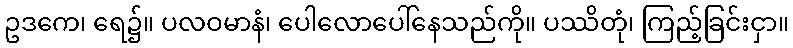
ဥဒကေ၊ ရေ၌။ ပလဝမာနံ၊ ပေါလောပေါ်နေသည်ကို။ ပဿိတုံ၊ ကြည့်ခြင်းငှာ။